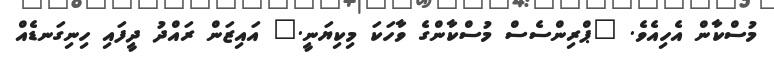
މުސްކާން އެހިއެވެ. "ޕްރިންސެސް މުސްކާންގެ ވާހަކަ މިކިޔަނީ." އައިޒަން ރައްދު ދީފައި ހިނިގަނޑެއް